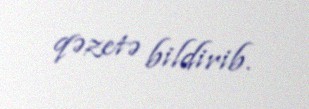
qəzetə bildirib.